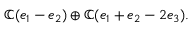
\mathbb { C } ( e _ { 1 } - e _ { 2 } ) \oplus \mathbb { C } ( e _ { 1 } + e _ { 2 } - 2 e _ { 3 } ) .